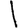
Digit: 1